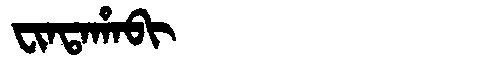
Manchu: ᠸᡳᠨᡨᠠᡥᠠᠪᡳ
Romanization: FINTAHABI